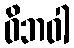
ဝိဘဝါ